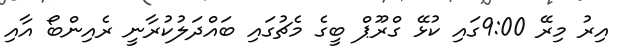
އިރު މިރޭ 9:00ގައި ކުޅޭ ގްރޫޕް ބީގެ މެޗުގައި ބައްދަލުކުރާނީ ރެއިންބޯ އާއި